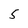
Character: S